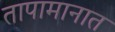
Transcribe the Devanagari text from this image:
तापामानात